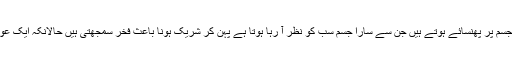
شادیوں میں شریک ہونے والی خواتین پارلرز سے تیار ہو کر اور ایسے ایسے لباس جو پتہ نہیں کیسے جسم پر پھنسائے ہوتے ہیں جن سے سارا جسم سب کو نظر آ رہا ہوتا ہے پہن کر شریک ہونا باعث فخر سمجھتی ہیں حالانکہ ایک عورت کو اتنی تیاری اپنے شوہر کے لئے کرنی چاہئیے جبکہ ہمارے ہاں اس کے بالکل الٹ کام ہوتا ہے۔